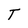
Character: T